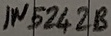
Text: IN5242B